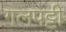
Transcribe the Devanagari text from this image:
गलपट्टी